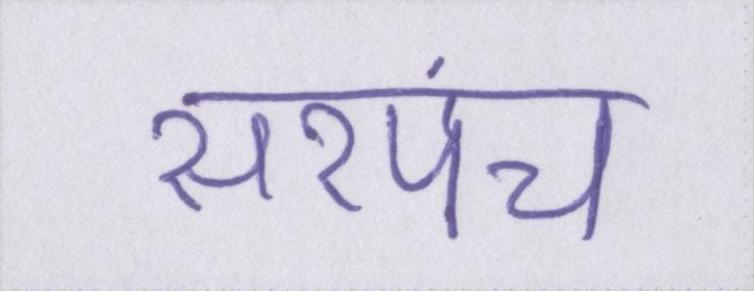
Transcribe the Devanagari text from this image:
सरपंच